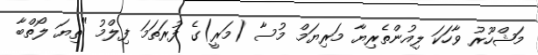
މަޝްހޫރު ވާހަކަ ލިއުންތެރިޔާ މަރިޔަމް މުސާ (މަރީ)ގެ ފުރަތަމަ ފިލްމު "ތިޔަ ލޯތްބާ